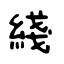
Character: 綫